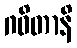
ဂဓိတာနိ